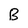
Character: B